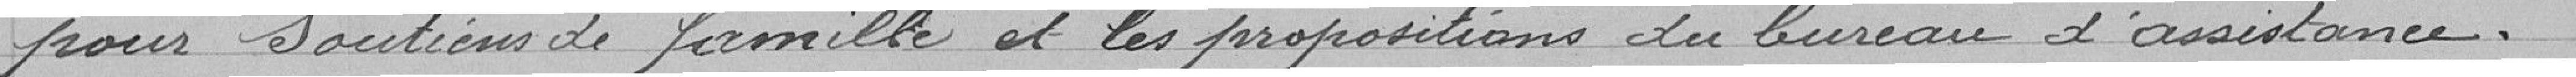
pour soutien de famille et les propositions du bureau d'assistance.